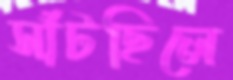
সাঁটছিলে